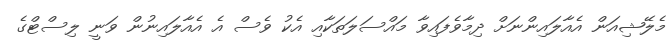
މެލޭޝިއަން އެއާލައިންނަށް ދިމާވެފައިވާ މައްސަލަތަކާއި އެކު ވެސް އެ އެއާލައިނުން ވަނީ ލިސްޓްގެ